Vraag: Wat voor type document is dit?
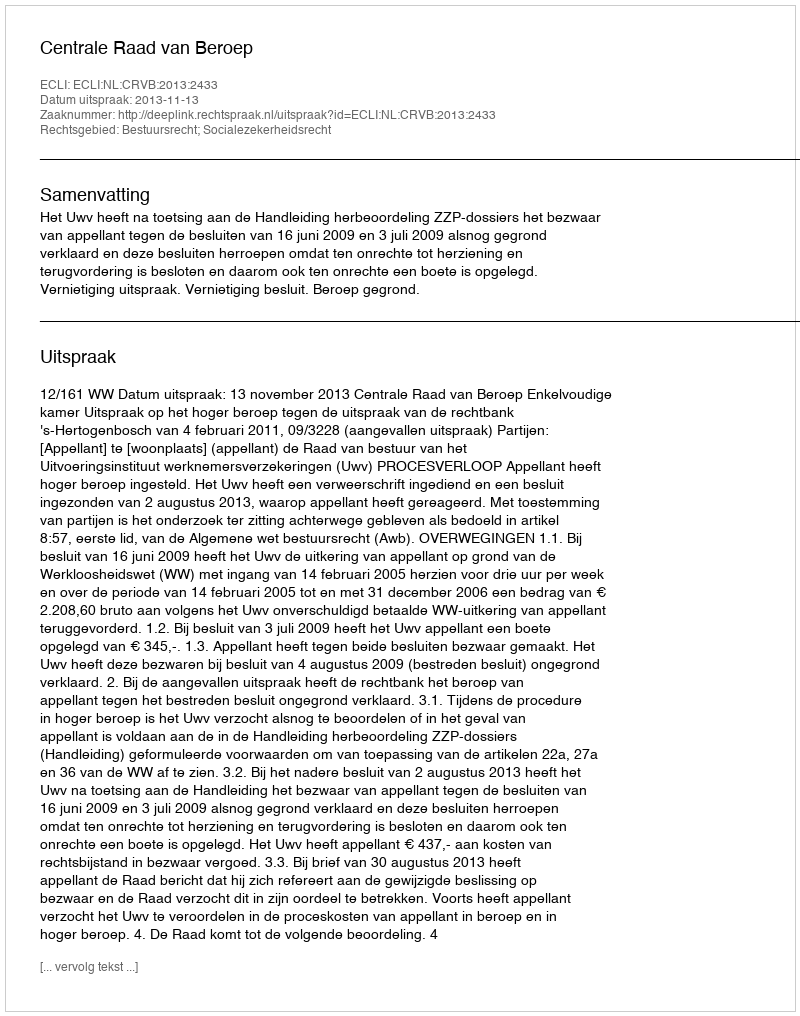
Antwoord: Uitspraak